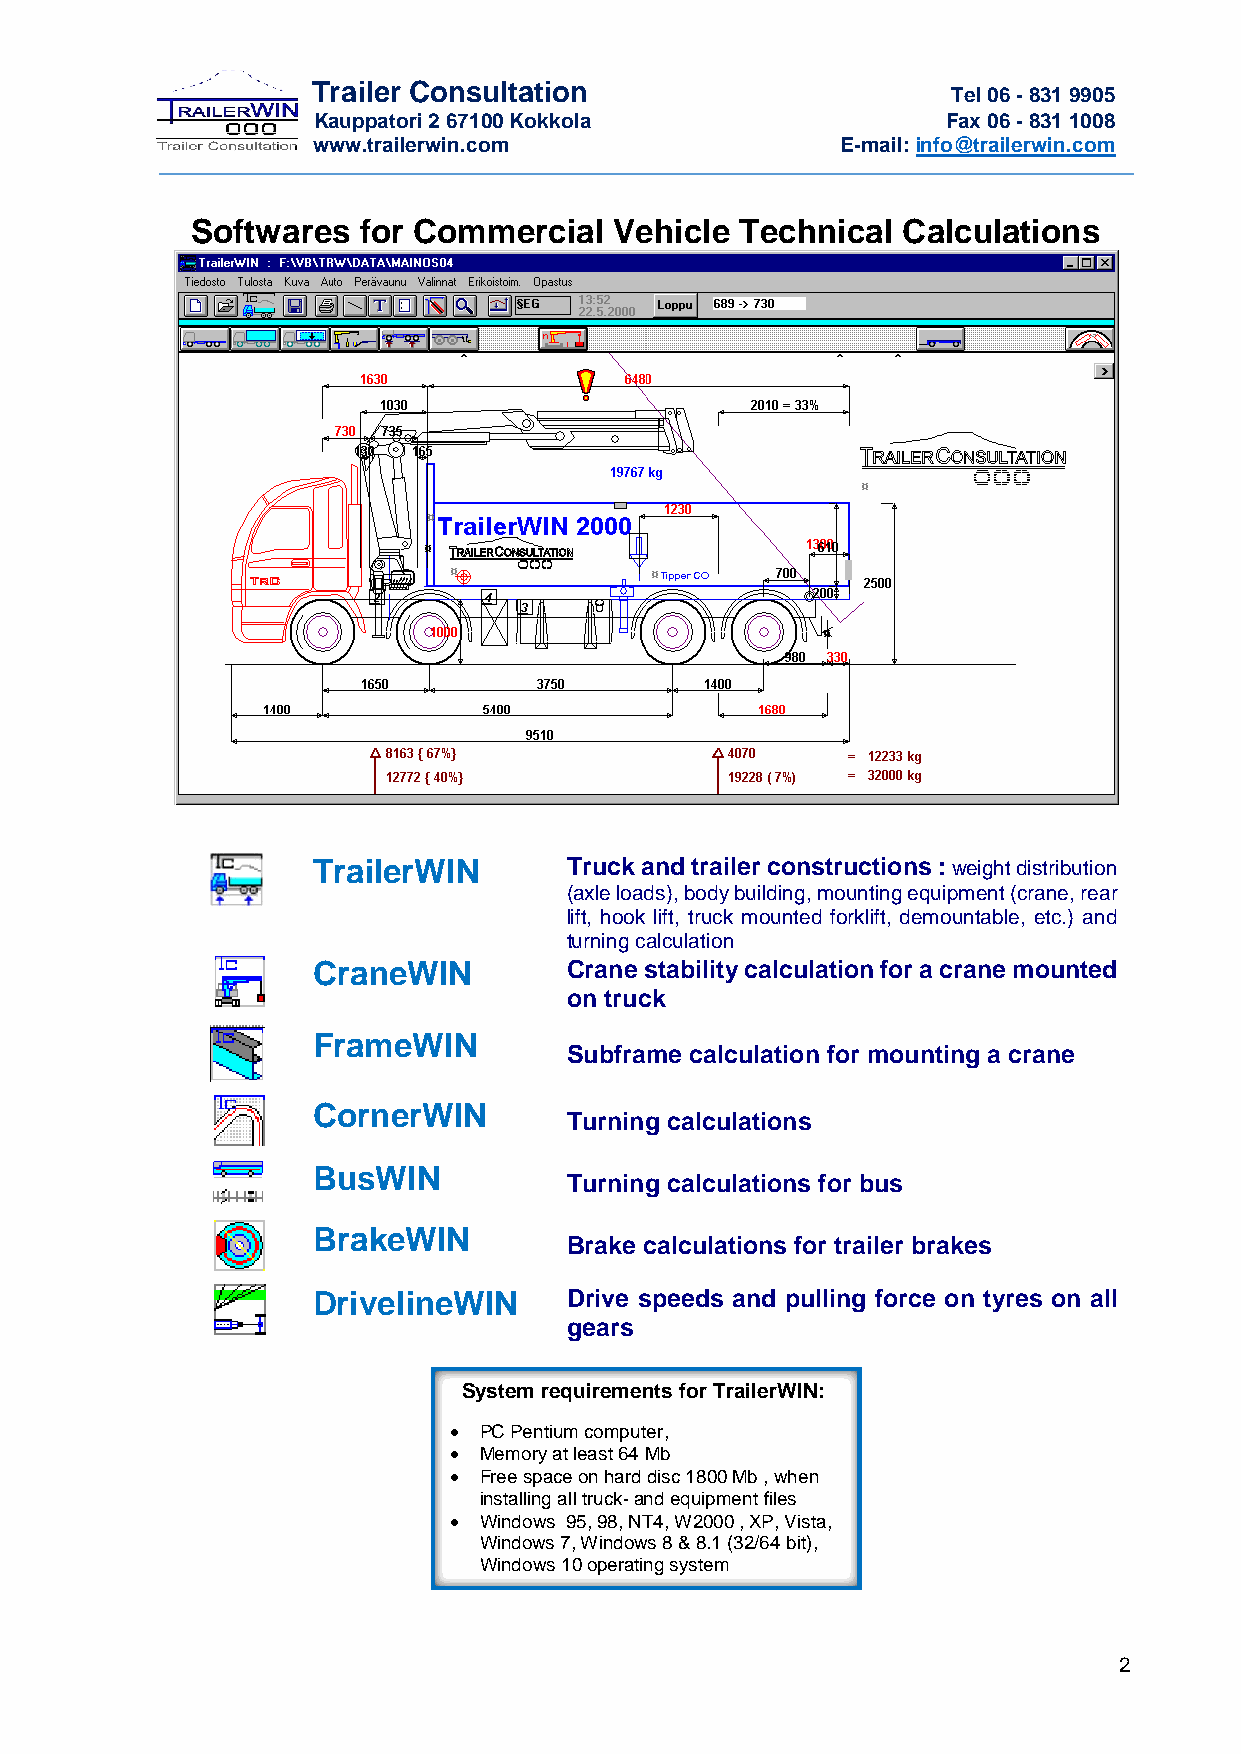
Trailer Consultation                      Tel 06 - 831 9905
 Kauppatori 2 67100 Kokkola                Fax 06 - 831 1008
 www.trailerwin.com                 E-mail: info@trailerwin.com
 Softwares  for Commercial   Vehicle Technical  Calculations
 TrailerWIN       Truck and trailer constructions : weight distribution
 (axle loads), body building, mounting equipment (crane, rear
 lift, hook lift, truck mounted forklift, demountable, etc.) and
 turning calculation
 CraneWIN         Crane stability calculation for a crane mounted
 on truck
 FrameWIN
 Subframe calculation for mounting a crane
 CornerWIN
 Turning calculations
 BusWIN
 Turning calculations for bus
 BrakeWIN
 Brake calculations for trailer brakes
 DrivelineWIN     Drive speeds and pulling force on tyres on all
 gears
 System requirements for TrailerWIN:
 • PC Pentium computer,
 • Memory at least 64 Mb
 • Free space on hard disc 1800 Mb , when
 installing all truck- and equipment files
 • Windows 95, 98, NT4, W2000 , XP, Vista,
 Windows 7, Windows 8 & 8.1 (32/64 bit),
 Windows 10 operating system
 2